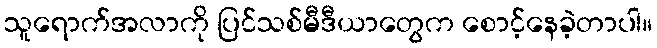
သူရောက်အလာကို ပြင်သစ်မီဒီယာတွေက စောင့်နေခဲ့တာပါ။